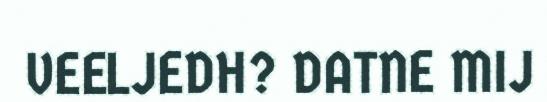
VEELJEDH? DATNE MIJ